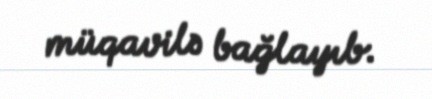
müqavilə bağlayıb.